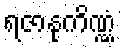
ရဇာနုကိဏ္ဏံ